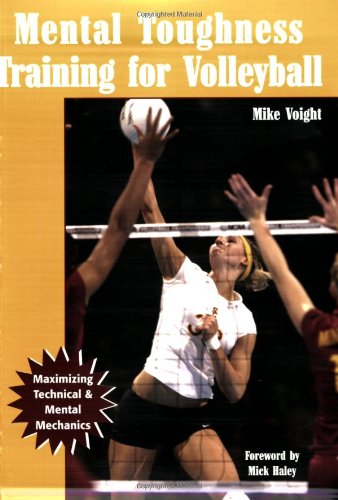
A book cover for Mental Toughness Training for Volleyball: Maximizing Technical and Mental Mechanics; Mike  Voight; Sports & Outdoors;